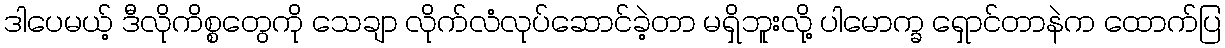
ဒါပေမယ့် ဒီလိုကိစ္စတွေကို သေချာ လိုက်လံလုပ်ဆောင်ခဲ့တာ မရှိဘူးလို့ ပါမောက္ခ ရှောင်တာနဲက ထောက်ပြ